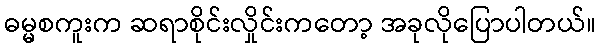
ဓမ္မစကူးက ဆရာစိုင်းလှိုင်းကတော့ အခုလိုပြောပါတယ်။